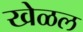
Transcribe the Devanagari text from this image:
खेळल